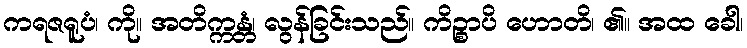
ကရဇရူပံ၊ ကို။ အတိက္ကန္တံ၊ လွန်ခြင်းသည်။ ကိဉ္စာပိ ဟောတိ၊ ၏။ အထ ခေါ၊